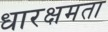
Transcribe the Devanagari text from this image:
धारक्षमता